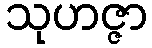
သုဟဇ္ဇာ